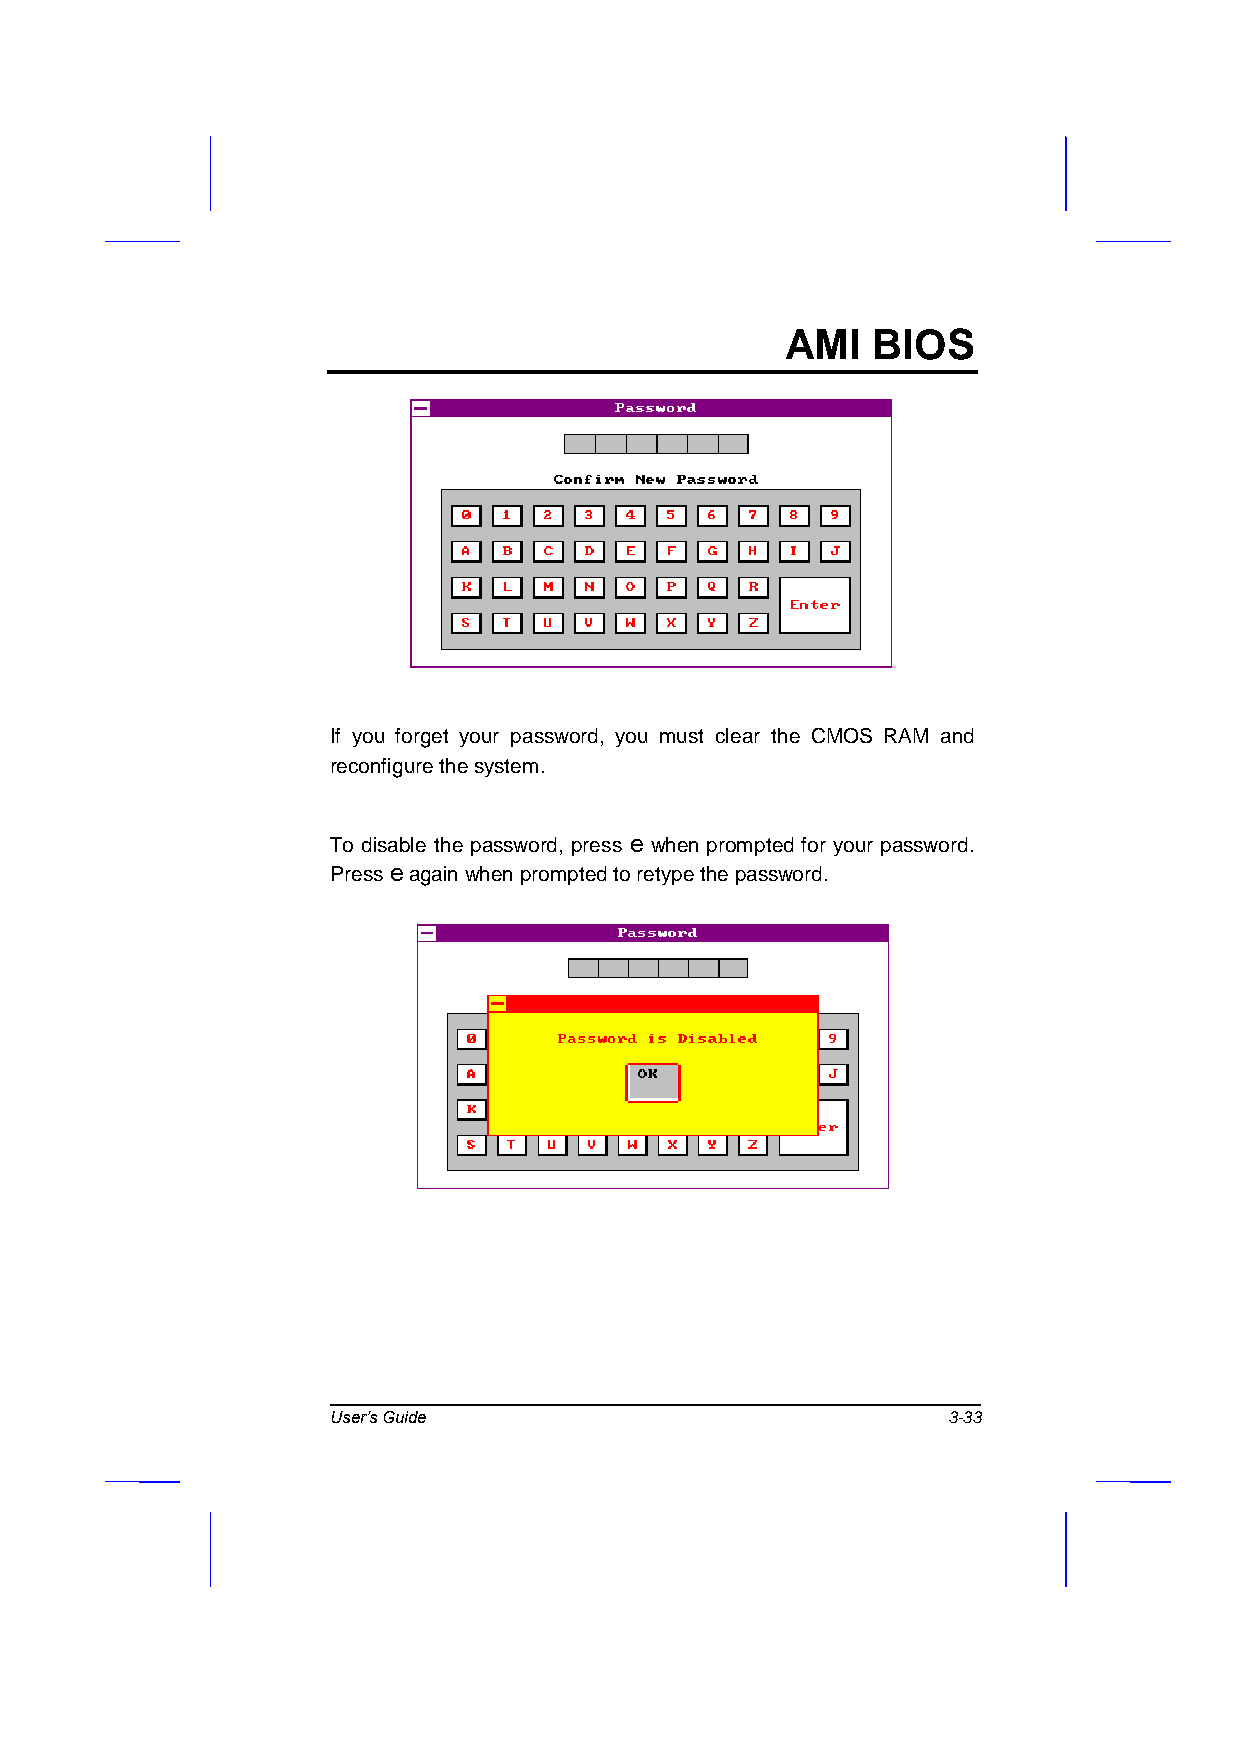
AMI   BIOS
 If you forget your password, you must clear the CMOS RAM and
 reconfigure the system.
 To disable the password, press e when prompted for your password.
 Press e again when prompted to retype the password.
 User’s Guide                             3-33